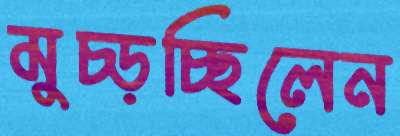
মুচ্‌ড়চ্ছিলেন